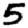
Digit: 5